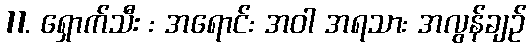
11. ရှောက်သီး : အရောင်: အဝါ အရသာ: အလွန်ချဉ်